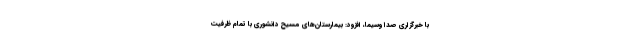
با خبرگزاری صدا وسیما، افزود: بیمارستان‌های مسیح دانشوری با تمام ظرفیت